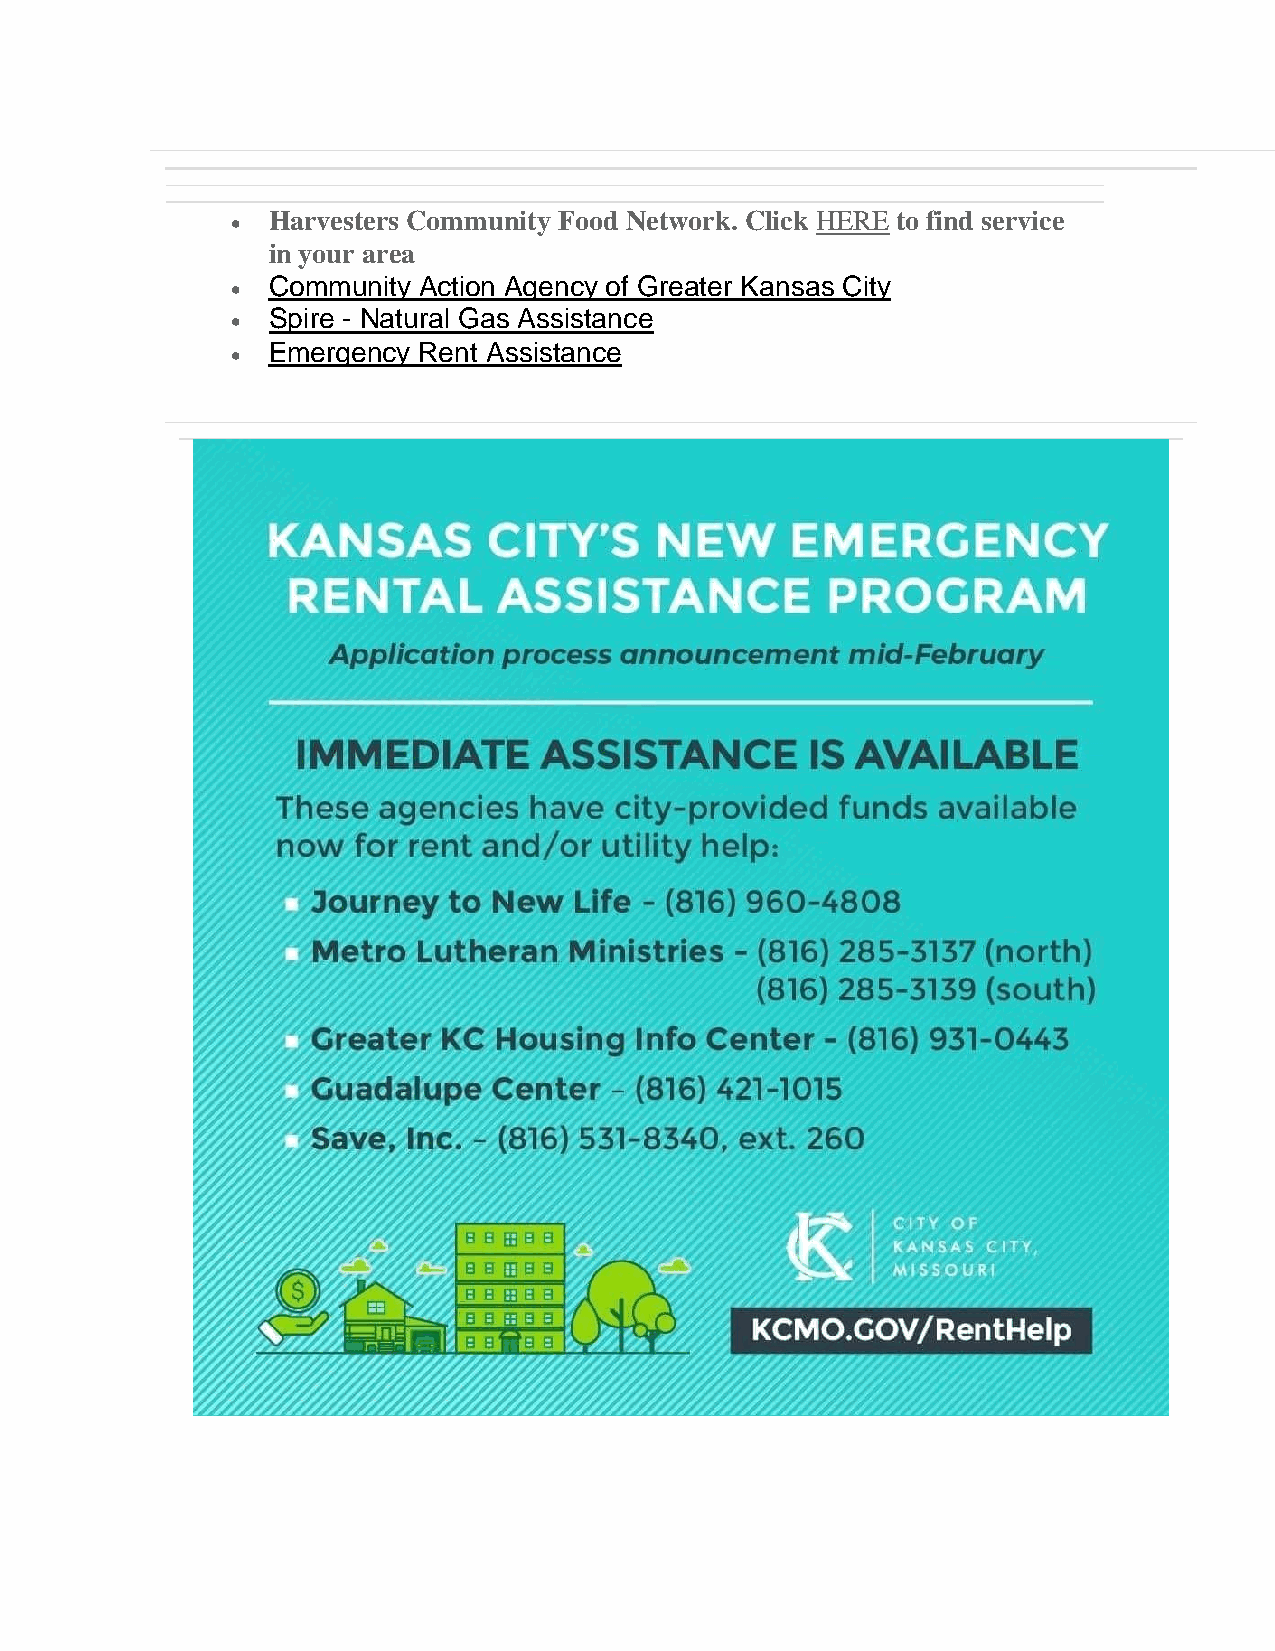
•  Harvesters Community Food Network. Click HERE to find service
 in your area
 •  Community Action Agency of Greater Kansas City
 •  Spire - Natural Gas Assistance
 •  Emergency Rent Assistance